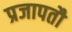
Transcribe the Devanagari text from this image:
प्रजापतौ